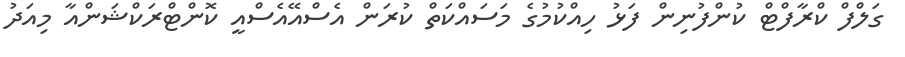
ގަލްފް ކްރާފްޓް ކުންފުނިން ފަޅު ހިއްކުމުގެ މަސައްކަތް ކުރަން އެސްއޭއެސްއީ ކޮންޓްރަކްޝަންއާ މިއަދު